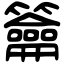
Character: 籥